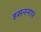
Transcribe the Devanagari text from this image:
हसननगर